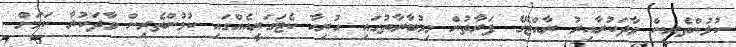
ކުޅުންތެރިން ވާދަކުރާއިރު ރާއްޖޭގެ ފަރާތުން މިމުބާރާތުގައި ހުރިހާ ކެޓަގަރީއެއްގައި ކުޅުންތެރިން ވާދަކުރާ ކަމަށް